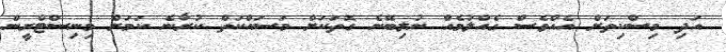
އަދި މިސްކިތަށް އެއްވެސް ގެއްލުމެއް ނުލިބޭނެ ގޮތަކަށް މަސައްކަތް ކުރާނެ ކަމަށް މިނިސްޓްރީން